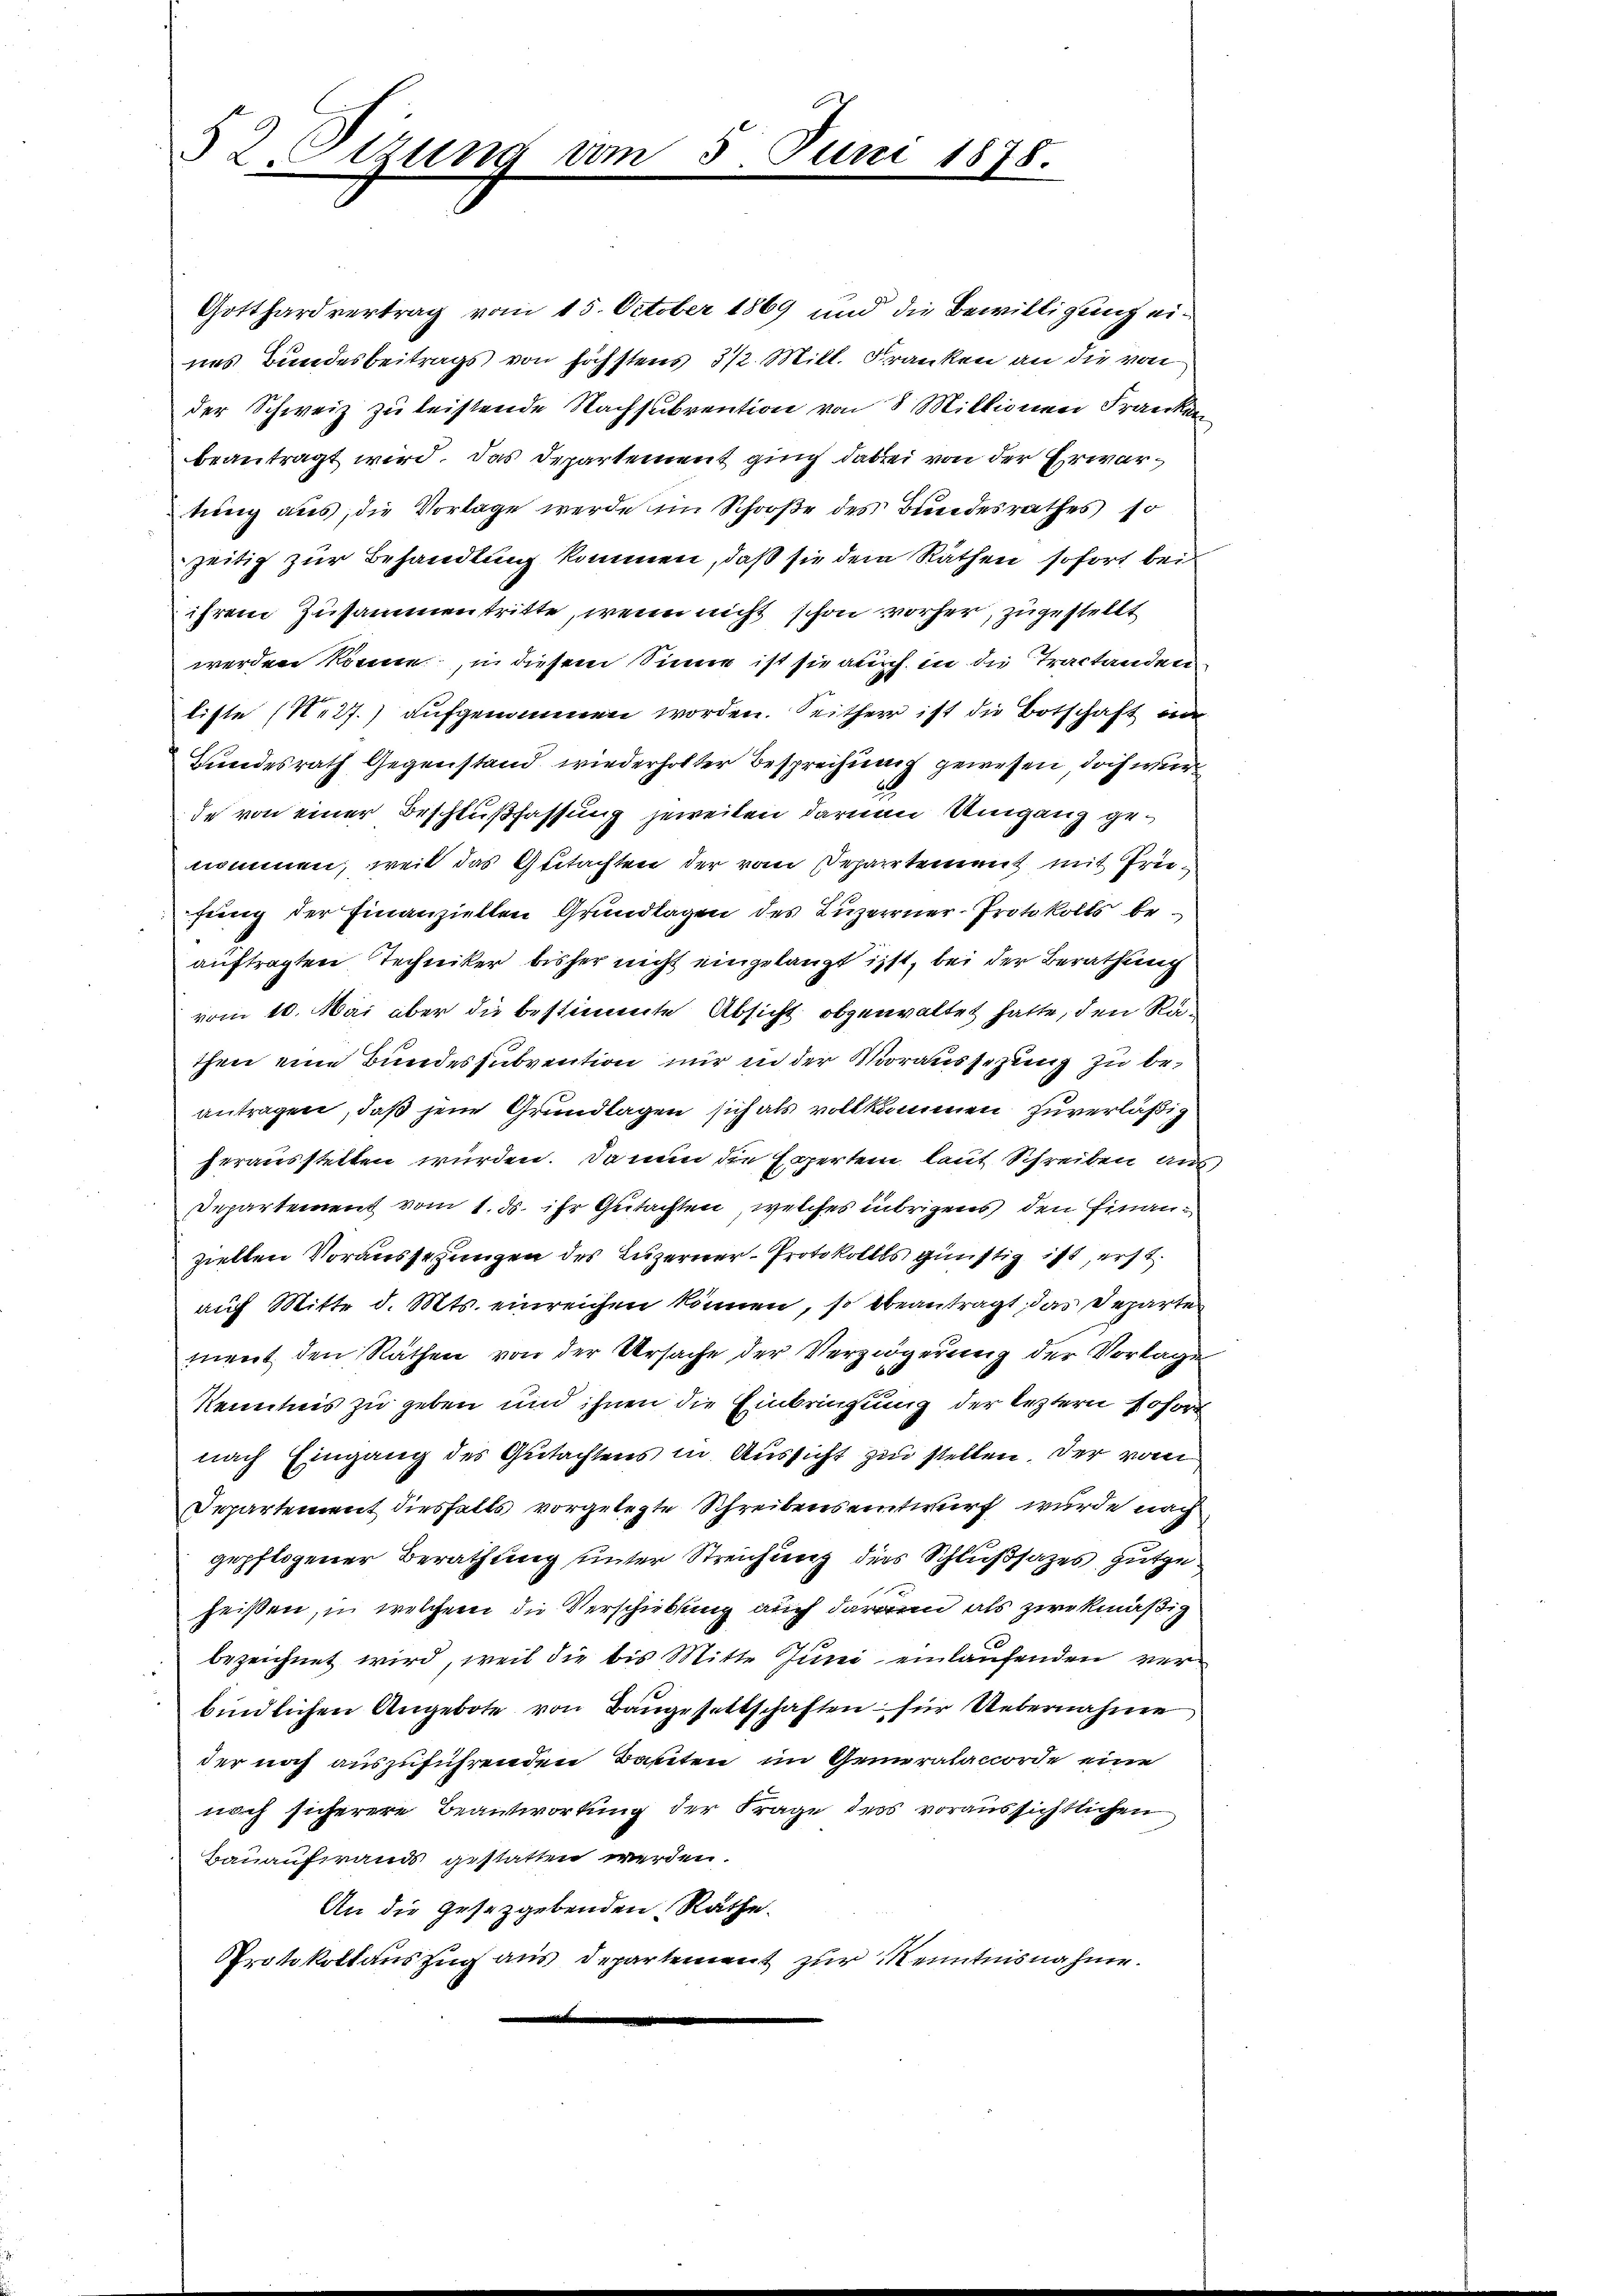
nes Bundesbeitrags von höchstens 3 1/2. Mitl. Franken an die von
der Schweiz zu leistende Nachsubvention von 8 Millionen Franken
beantragt wird. Das Departement ging dabei von der Erwartung aus, die Vorlage werde im Schooße des Bundesrathes so
zeitig zur Behandlung kommen, daß sie dem Räthen sofort bei
ihrem Zusammentritte, wenn nicht schon vorher, zugestellt
werden könne, in diesem Sinne ist sie auch in die Tractanden
liste (N.27.) aufgenommen worden. Seither ist die Botschaft in
Bundesrath Gegenstand wiederholter Besprechung gewesen, doch wur
6
de von einer Beschlußfassung jeweilen daruen Umgang genommen, weil das Gutachten der vom Departement mit Prifung der Finanziellen Grundlagen des Luzerner-Protokolls beauftragten Techniker bisher nicht eingelangt isst, bei der Berathung
vom 10. Mai aber die bestimmte Absicht obgenwaltet hatte, den Rathen eine Bundessubvention nur in der Voraussetzung zu beantragen, daß jene Grundlagen sich als vollkommen zuverläßig
herausstellen würden. Da nun die Experten laut Schreiben aus
Departement vom 1. d. ihr Gutachten, welches übrigens den Finanziellen Voraussetzungen des Luzerner-Protokollls günstig ist, erst.
auf Mitte d. Mts. einreichen können, so beantragt, das Departe
ment den Räthen von der Ursache der Verzögerung der Vorlage
Kenntnis zu geben und ihnen die Einbringung der leztern sofort
nach Eingang des Gutachtens in Aussicht zu stellen. Der vom
Departement diesfalls vorgelegte Schreibensentwurf wurde nach
gepflogener Berathung unter Streichung dies Schlußsatzes gutgeheißen, in welchem die Verschiebung auch darin als zwekmäßig
bezeichnet wird, weil die bis Mitte Juni einlaufenden verbindlichen Angebote von Baugesettschaften für Uebernahme
der noch auszuführenden Bauten im Generataccorde eine
noch sicherere Beantwortung der Frage ders voraussichtlichen
Bauaufwands gestatten werden.
An die Gesetzgebenden Räthe.
Protokollauszug aus Departement zur Kenntnisnahme.

52 Sizung vom 5. Juni 1878.

Gotthardvertrag vom 15. October 1869 und die Bewilligung ei¬